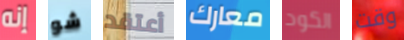
إنه شو أعتقد معارك الكود وقت